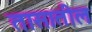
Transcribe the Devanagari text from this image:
तासातील